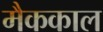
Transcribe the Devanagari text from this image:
मैककाल